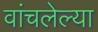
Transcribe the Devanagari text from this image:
वांचलेल्या